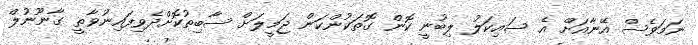
ނަމަވެސް އޭނާއަށް އެ ސައިކަލު ލިބުނީ ކޮން ގޮތަކުންކަން ޖަމީލަށް ސާބިތުކޮށްދެވިފައިނުވާތީ ގާނޫނުލް